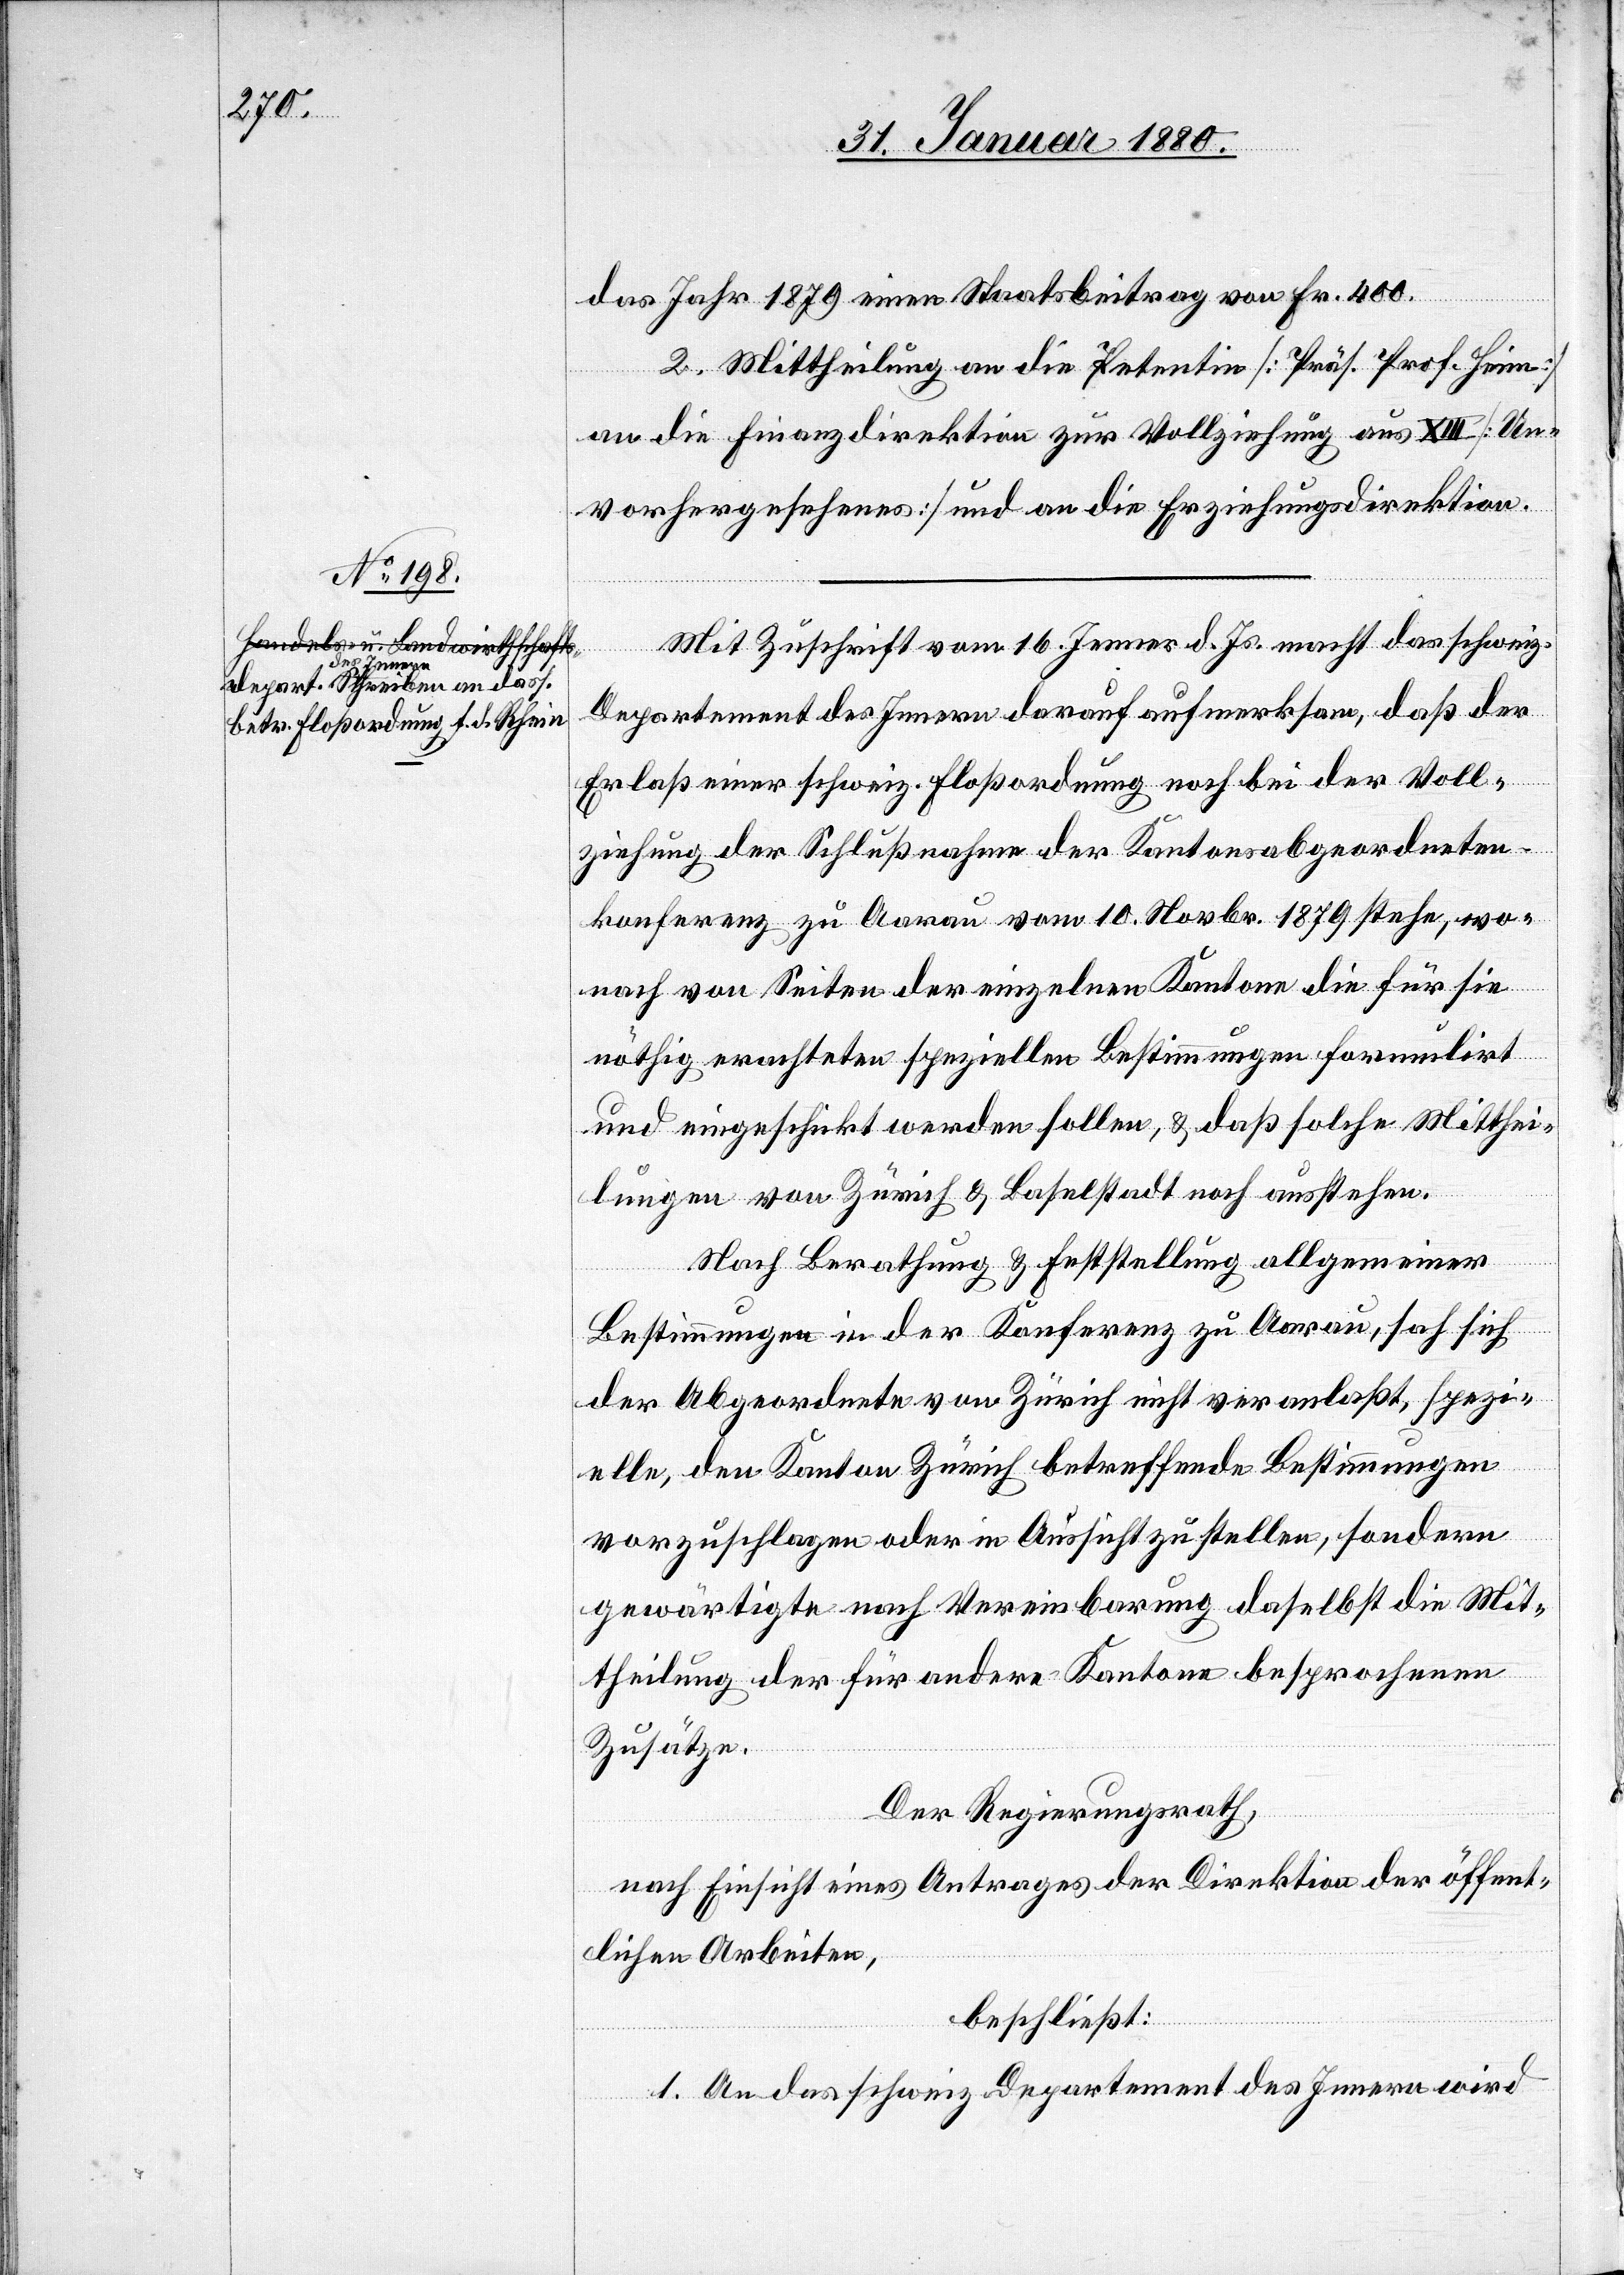
das Jahr 1879 einen Staatsbeitrag von Fr. 400.
2. Mittheilung an die Petentin [Präs. Prof. Heim]
an die Finanzdirektion zur Vollziehung aus XIII [Un¬
vorhergesehenes] und an die Erziehungsdirektion.
Mit Zuschrift vom 16. Jenner d. Js. macht das schweiz.
Departement des Innern darauf aufmerksam, daß der
Erlaß einer schweiz. Floßordnung noch bei der Voll¬
ziehung der Schlußnahme der Kantonsabgeordneten¬
konferenz zu Aarau vom 10. Novbr. 1879 stehe, wo¬
nach von Seiten der einzelnen Kantone die für sie
nöthig erachteten speziellen Bestimmungen formulirt
und eingeschickt werden sollen, & daß solche Mitthei¬
lungen von Zürich & Baselstadt noch ausstehen.
Nach Berathung & Feststellung allgemeiner
Bestimmungen in der Konferenz zu Aarau, sah sich
der Abgeordnete von Zürich nicht veranlaßt, spezi¬
elle, den Kanton Zürich betreffende Bestimmungen
vorzuschlagen oder in Aussicht zu stellen, sondern
gewärtigte nach Vereinbarung daselbst die Mit¬
theilung der für andere Kantone besprochenen
Zusätze.
Der Regierungsrath,
nach Einsicht eines Antrages der Direktion der öffent¬
lichen Arbeiten,
beschließt:
1. An das schweiz. Departement des Innern wird